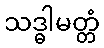
သဒ္ဓါမတ္တံ